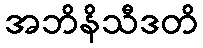
အဘိနိသီဒတိ